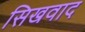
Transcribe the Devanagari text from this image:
सिखवाद